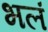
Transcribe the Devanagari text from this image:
भलं